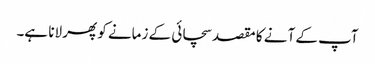
آپ کے آنے کا مقصد سچائی کے زمانے کو پھر لانا ہے۔